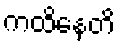
ကထိနေတိ